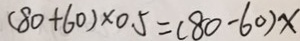
( 8 0 + 6 0 ) \times 0 . 5 = ( 8 0 - 6 0 ) x